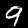
Label: 9